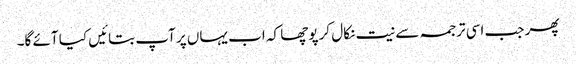
پھر جب اسی ترجمہ سے نیت نکال کر پوچھا کہ اب یہاں پر آپ بتائیں کیا آئے گا۔